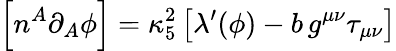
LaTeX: \left[n^{A}\partial_{A}\phi\right]=\kappa_{5}^{2}\left[\lambda^{\prime}(\phi)-b\, g^{\mu\nu}\tau_{\mu\nu}\right]